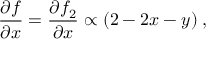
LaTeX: \frac { \partial f } { \partial x } = \frac { \partial f _ { 2 } } { \partial x } \propto ( 2 - 2 x - y ) \; ,